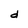
Character: d